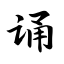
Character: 诵